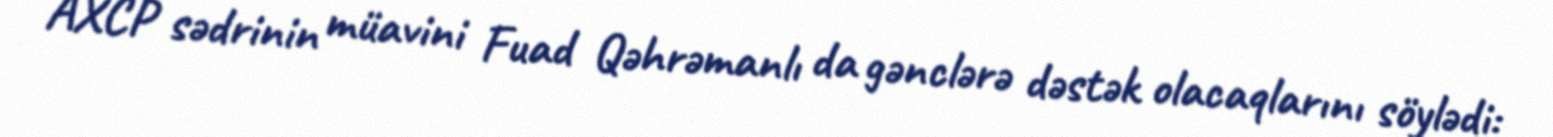
AXCP sədrinin müavini Fuad Qəhrəmanlı da gənclərə dəstək olacaqlarını söylədi: